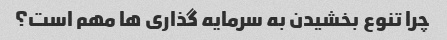
چرا تنوع بخشیدن به سرمایه گذاری ها مهم است؟